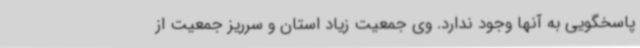
پاسخگویی به آنها وجود ندارد. وی جمعیت زیاد استان و سرریز جمعیت از